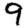
Digit: 9